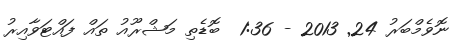
ނޮވެމްބަރު 24